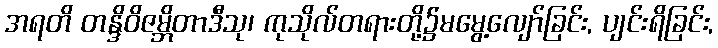
အရတိ တန္ဒိဝိဇမ္ဘိတာဒီသု၊ ကုသိုလ်တရားတို့၌မမွေ့လျော်ခြင်း, ပျင်းရိခြင်း,